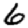
Digit: 6